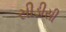
સીડીસી